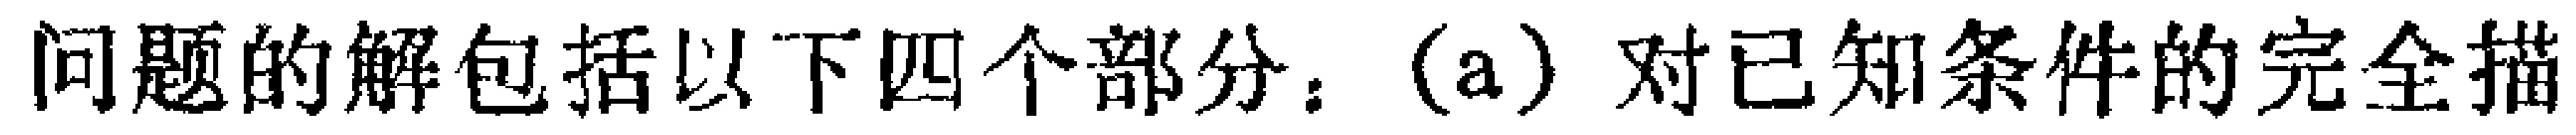
问题的解包括以下四个部分：(a) 对已知条件的完全描